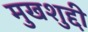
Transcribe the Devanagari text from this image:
मुखशुद्दी